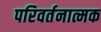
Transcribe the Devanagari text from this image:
परिवर्तनात्मक